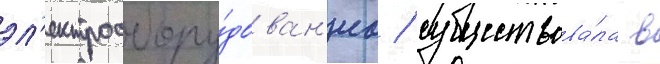
эл'ектрообору́дован'иа / существова́ла в